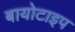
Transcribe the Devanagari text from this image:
बायोटाइप